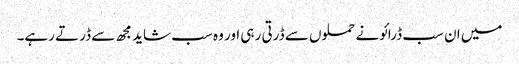
میں ان سب ڈرائونے حملوں سے ڈرتی رہی اور وہ سب شاید مجھ سے ڈرتے رہے۔